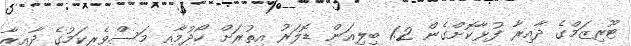
ޓޫރިޒަމްގެ ދާއިރާ ފުޅާކޮށްގެން 1.2 ބިލިއަން ޑޮލަރު އިތުރަށް ހޯދުމާއި މަސްވެރިކަމުގެ ދާއިރާ